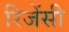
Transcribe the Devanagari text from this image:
रिजेंसी